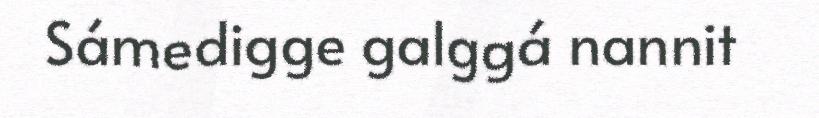
Sámedigge galggá nannit